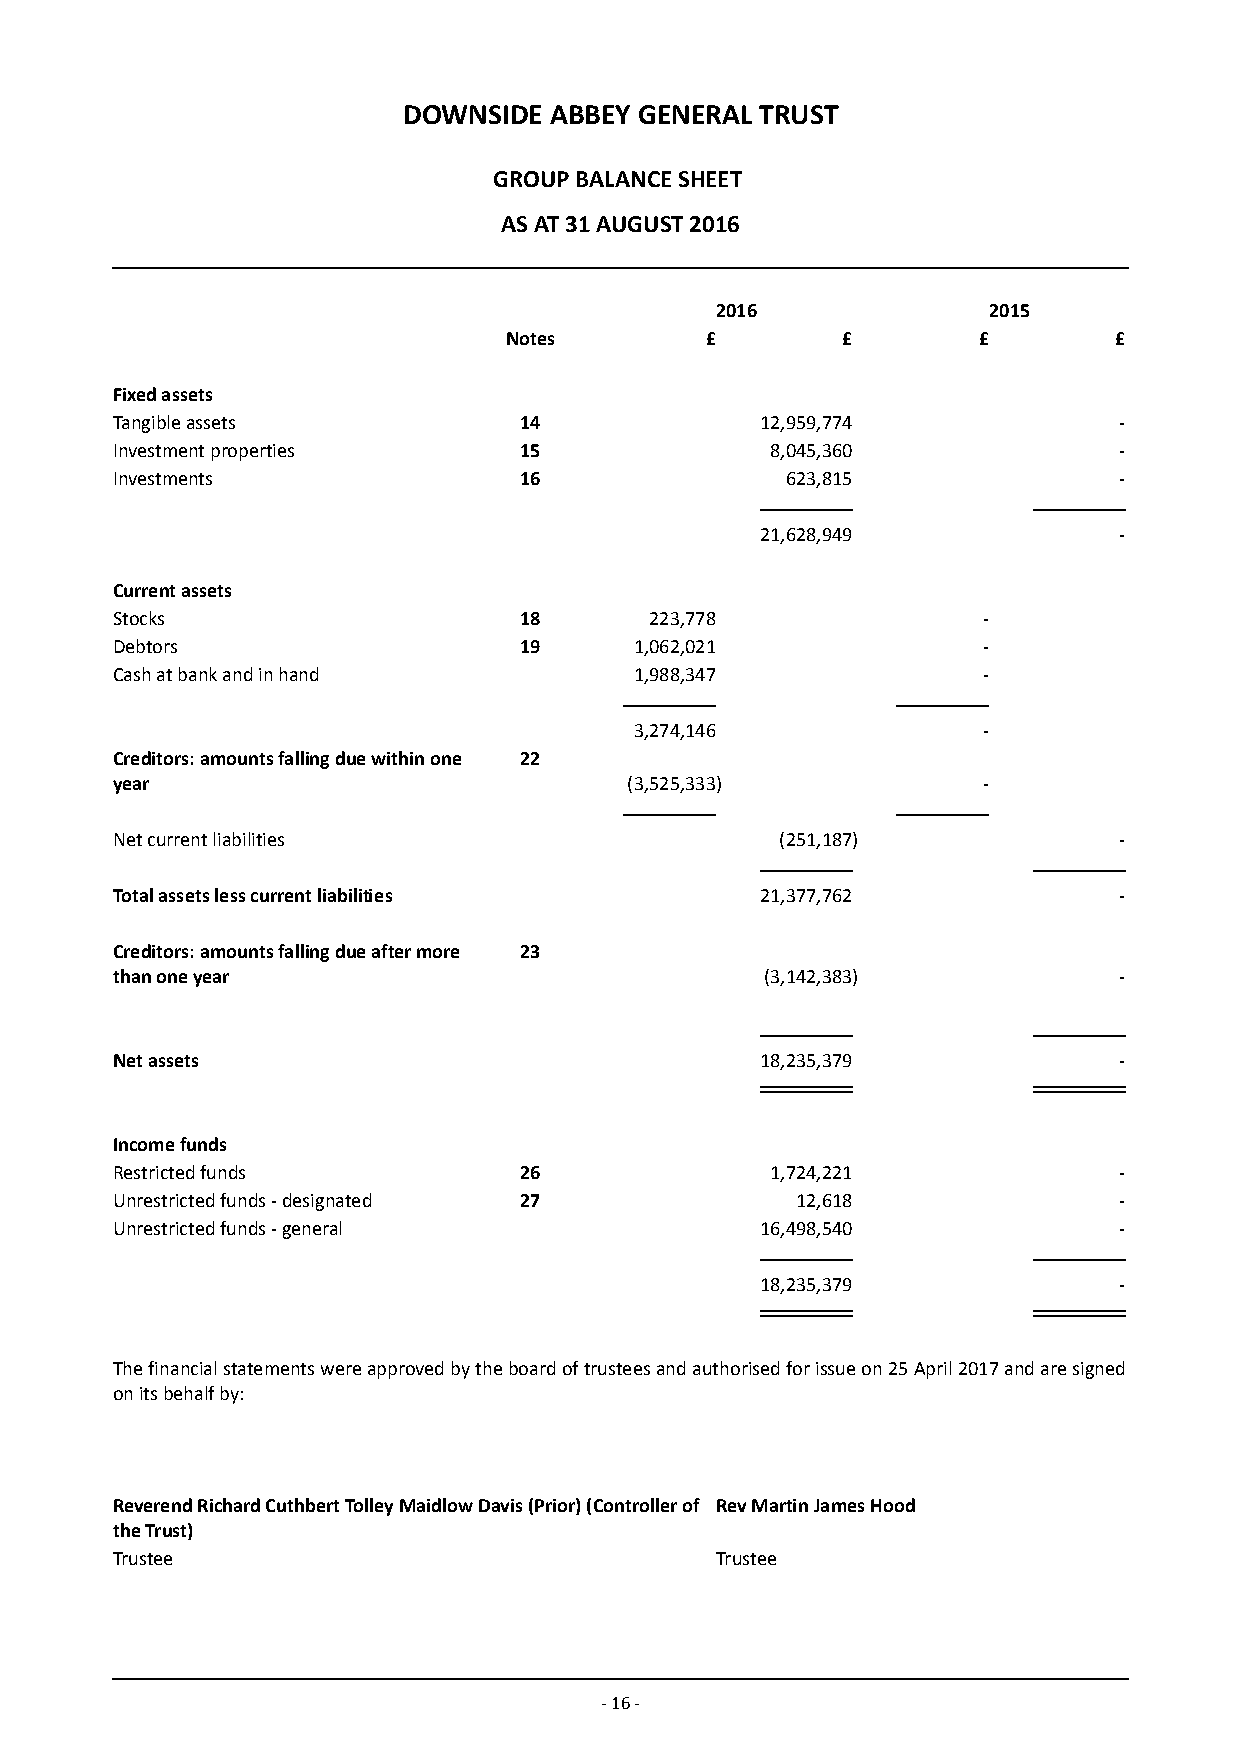
DOWNSIDE ABBEY GENERAL TRUST
 GROUP BALANCE SHEET
 AS AT 31 AUGUST 2016
 2016              2015
 Notes         £        £        £        £
 Fixed assets
 Tangible assets            14              12,959,774              -
 Investment properties      15               8,045,360              -
 Investments                16                623,815               -
 21,628,949              -
 Current assets
 Stocks                     18       223,778               -
 Debtors                    19      1,062,021              -
 Cash at bank and in hand           1,988,347              -
 3,274,146              -
 Creditors: amounts falling due within one 22
 year                               (3,525,333)            -
 Net current liabilities                      (251,187)             -
 Total assets less current liabilities      21,377,762              -
 Creditors: amounts falling due after more 23
 than one year                               (3,142,383)            -
 Net assets                                 18,235,379              -
 Income funds
 Restricted funds           26               1,724,221              -
 Unrestricted funds - designated 27            12,618               -
 Unrestricted funds - general               16,498,540              -
 18,235,379              -
 The financial statements were approved by the board of trustees and authorised for issue on 25 April 2017 and are signed
 on its behalf by:
 Reverend Richard Cuthbert Tolley Maidlow Davis (Prior) (Controller of Rev Martin James Hood
 the Trust)
 Trustee                                 Trustee
 - 16 -